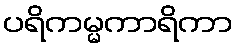
ပရိကမ္မကာရိကာ